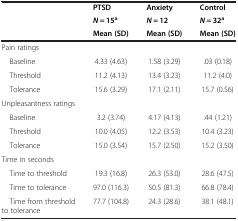
| <ROWSPAN=3>  | PTSD | Anxiety | Control |
 | N = 15a | N = 12 | N = 32a |
 | Mean (SD) | Mean (SD) | Mean (SD) |
 | --- | --- | --- | --- |
 | Pain ratings |  |  |  |
 | Baseline | 4.33 (4.63) | 1.58 (3.29) | .03 (0.18) |
 | Threshold | 11.2 (4.13) | 13.4 (3.23) | 11.2 (4.0) |
 | Tolerance | 15.6 (3.29) | 17.1 (2.11) | 15.7 (0.56) |
 | Unpleasantness ratings |  |  |  |
 | Baseline | 3.2 (3.74) | 4.17 (4.13) | .44 (1.21) |
 | Threshold | 10.0 (4.05) | 12.2 (3.53) | 10.4 (3.23) |
 | Tolerance | 15.0 (3.54) | 15.7 (2.50) | 15.2 (3.50) |
 | Time in seconds |  |  |  |
 | Time to threshold | 19.3 (16.8) | 26.3 (53.0) | 28.6 (47.5) |
 | Time to tolerance | 97.0 (116.3) | 50.5 (81.3) | 66.8 (78.4) |
 | Time from threshold to tolerance | 77.7 (104.8) | 24.3 (28.6) | 38.1 (48.1) |